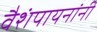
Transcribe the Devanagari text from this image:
वैशंपायनांनी